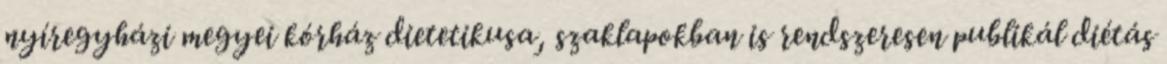
nyíregyházi megyei kórház dietetikusa, szaklapokban is rendszeresen publikál diétás